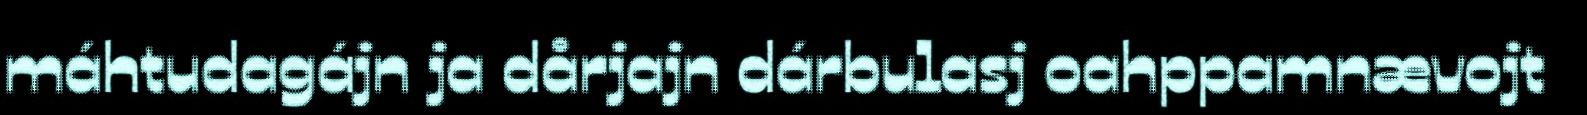
máhtudagájn ja dårjajn dárbulasj oahppamnævojt